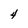
Character: 4